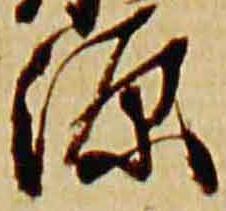
源